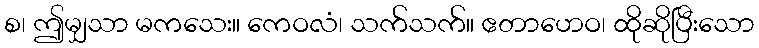
စ၊ ဤမျှသာ မကသေး။ ကေဝလံ၊ သက်သက်။ ဧတာဟေဝ၊ ထိုဆိုပြီးသော